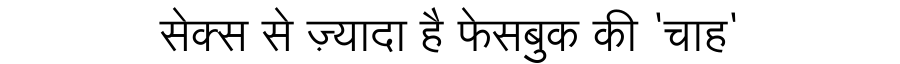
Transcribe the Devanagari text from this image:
सेक्स से ज़्यादा है फेसबुक की 'चाह'